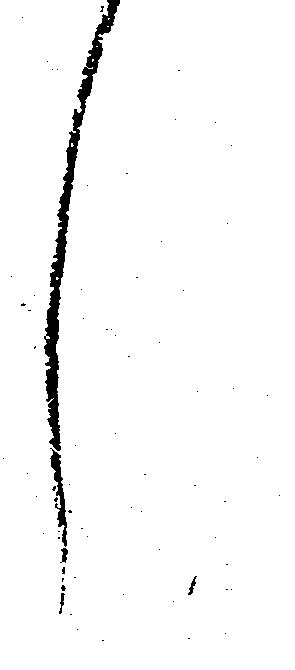
し